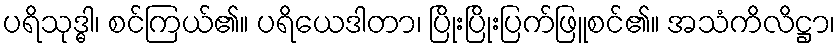
ပရိသုဒ္ဓါ၊ စင်ကြယ်၏။ ပရိယေဒါတာ၊ ပြိုးပြိုးပြက်ဖြူစင်၏။ အသံကိလိဋ္ဌာ၊